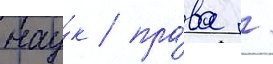
нау́к / пра́ва /